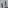
Text: 11